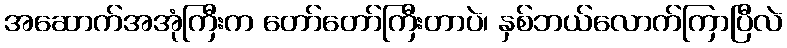
အဆောက်အအုံကြီးက တော်တော်ကြီးတာပဲ၊ နှစ်ဘယ်လောက်ကြာပြီလဲ